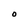
Character: O